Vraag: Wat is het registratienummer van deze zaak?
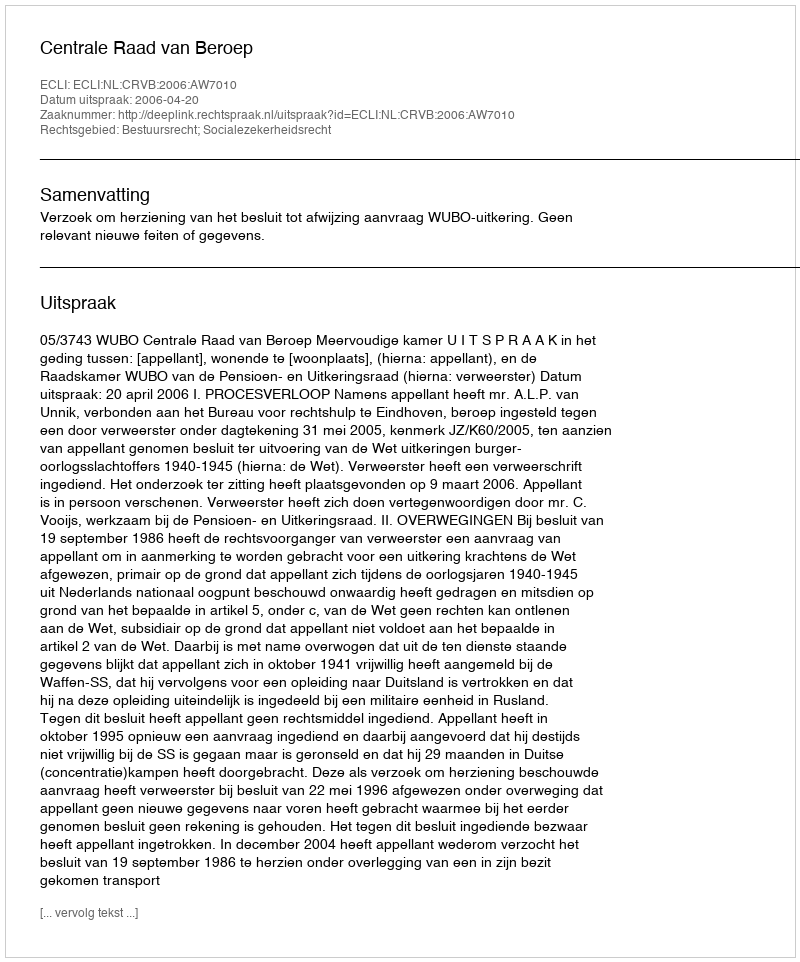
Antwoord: http://deeplink.rechtspraak.nl/uitspraak?id=ECLI:NL:CRVB:2006:AW7010